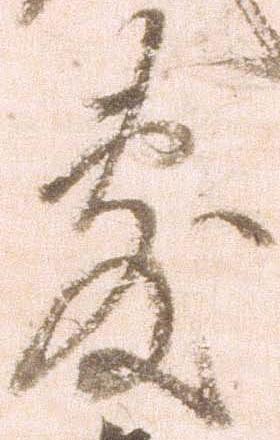
敷